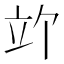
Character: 𫁞